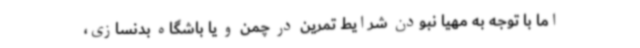
اما با توجه به مهیا نبودن شرایط تمرین در چمن و یا باشگاه بدنسازی،